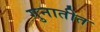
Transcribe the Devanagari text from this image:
गुनातीत